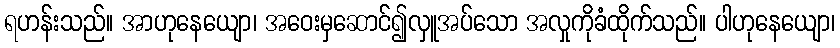
ရဟန်းသည်။ အာဟုနေယျော၊ အဝေးမှဆောင်၍လှူအပ်သော အလှုကိုခံထိုက်သည်။ ပါဟုနေယျော၊